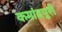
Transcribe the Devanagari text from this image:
कमांदपुरी